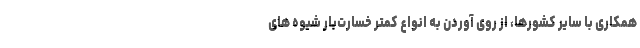
همکاری با سایر کشورها، از روی آوردن به انواع کمتر خسارت‌بار شیوه های